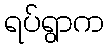
ရပ်ရွာက